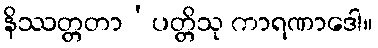
နိဿတ္တတာ’ပတ္တိသု ကာရဏာဒေါ။